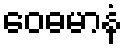
ဝေဓမာနံ